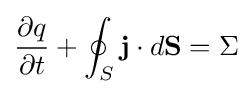
{\frac {\partial q}{\partial t}}+\oint _{S}\mathbf {j} \cdot d\mathbf {S} =\Sigma